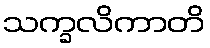
သက္ခလိကာတိ